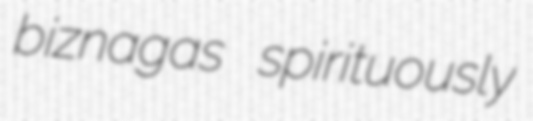
biznagas spirituously